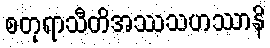
စတုရာသီတိအဿသဟဿာနိ